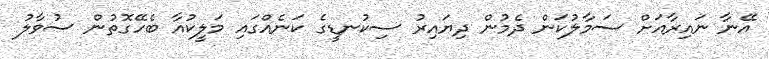
އޭނާ ނައިރާއަށް ސަމާލުކަން ދެމުން ދިޔައިރު ސިކުނޑީގެ ކަނެއްގައި މަލީކުއާ ބެހޭގޮތުން ސުވާލު